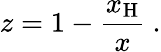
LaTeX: z=1-\frac{x_{\mathrm{H}}}{x}\ .